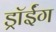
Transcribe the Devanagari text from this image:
ड्रॉईंग